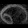
Digit: ၈